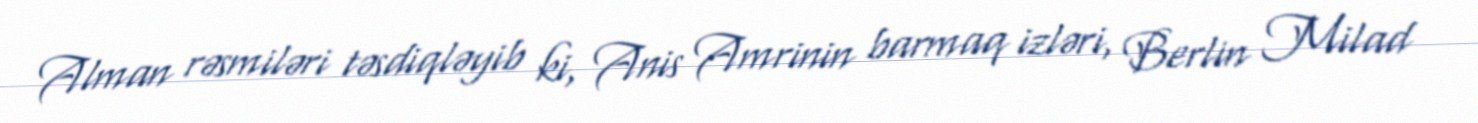
Alman rəsmiləri təsdiqləyib ki, Anis Amrinin barmaq izləri, Berlin Milad